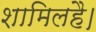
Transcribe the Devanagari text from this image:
शामिलहै।